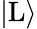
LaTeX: |\mathrm{L}\rangle